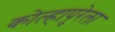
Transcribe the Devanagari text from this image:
कोल्हापुरेला